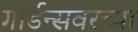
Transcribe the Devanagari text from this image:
गार्डन्सवरच्या